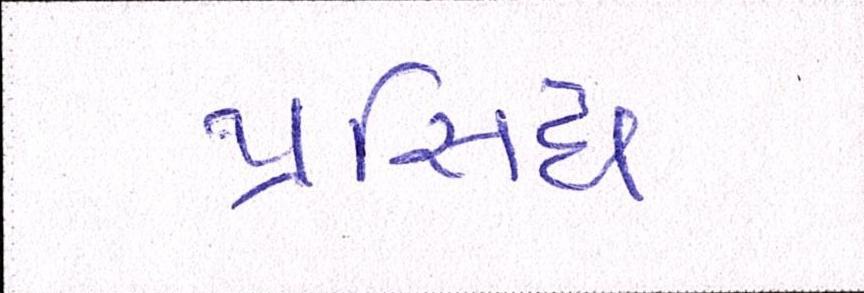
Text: પ્રસિધ્ધ